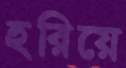
হরিয়ে